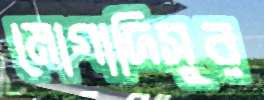
মোগাদিসুর